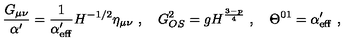
\frac { G _ { \mu \nu } } { \alpha ^ { \prime } } = \frac { 1 } { \alpha _ { \mathrm { e f f } } ^ { \prime } } H ^ { - 1 / 2 } \eta _ { \mu \nu } \ , \quad G _ { O S } ^ { 2 } = g H ^ { \frac { 3 - p } { 4 } } \ , \quad \Theta ^ { 0 1 } = \alpha _ { \mathrm { e f f } } ^ { \prime } \ ,